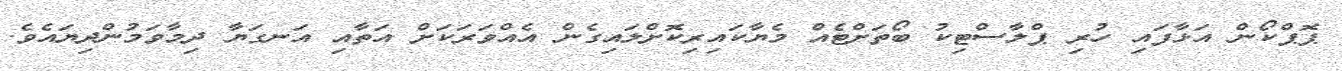
ޕޮޕްކޯން އަޅާފައި ހުރި ޕްލާސްޓިކު ބޯތަށްޓެއް މެޔާކައިރިކޮށްލައިގެން އެއްވަރަކަށް އަތާއި އަނގަޔާ ދިމާވަމުންދިޔައެވެ.